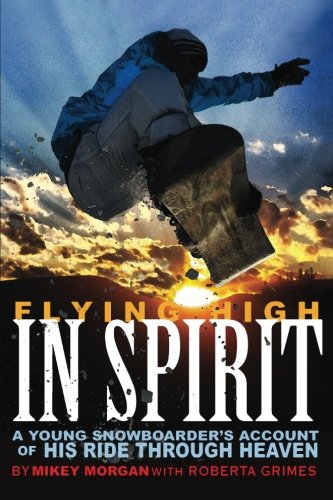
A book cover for Flying High In Spirit; Mikey Morgan; Religion & Spirituality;